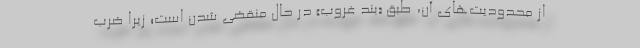
از محدودیت‌های آن، طبق «بند غروب» در حال منقضی شدن است؛ زیرا ضرب‌